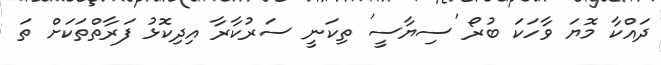
ދައްކާ މޮޔަ ވާހަކަ ބުރޯ 'ސިޔާސީ' ތިކަނީ ސަރުކާރާ އިދިކޮޅު ފަރާތްތަކަށް ތަ